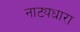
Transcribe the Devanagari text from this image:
नाट्यधारा